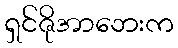
ရှင်ဇိုအာဘေးက